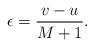
LaTeX: \begin{align*}\epsilon={v-u\over M+1}.\end{align*}